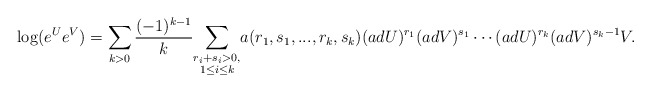
\begin{align*} \log(e^U e^V) = \sum_{k > 0} \frac{(-1)^{k-1}}{k} \underset{\substack{r_i+s_i > 0,\\1 \leq i \leq k}}{\sum} a(r_1,s_1,...,r_k,s_k) (ad U)^{r_1} (ad V)^{s_1} \cdots (ad U)^{r_k} (ad V)^{s_k-1} V.\end{align*}